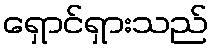
ရှောင်ရှားသည်